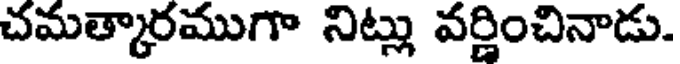
చమత్కారముగా నిట్లు వర్ణించినాడు.